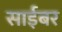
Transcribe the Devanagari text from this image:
साईबर